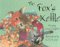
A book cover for The Fox's Kettle; Laura Langston; Children's Books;